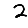
Digit: 2